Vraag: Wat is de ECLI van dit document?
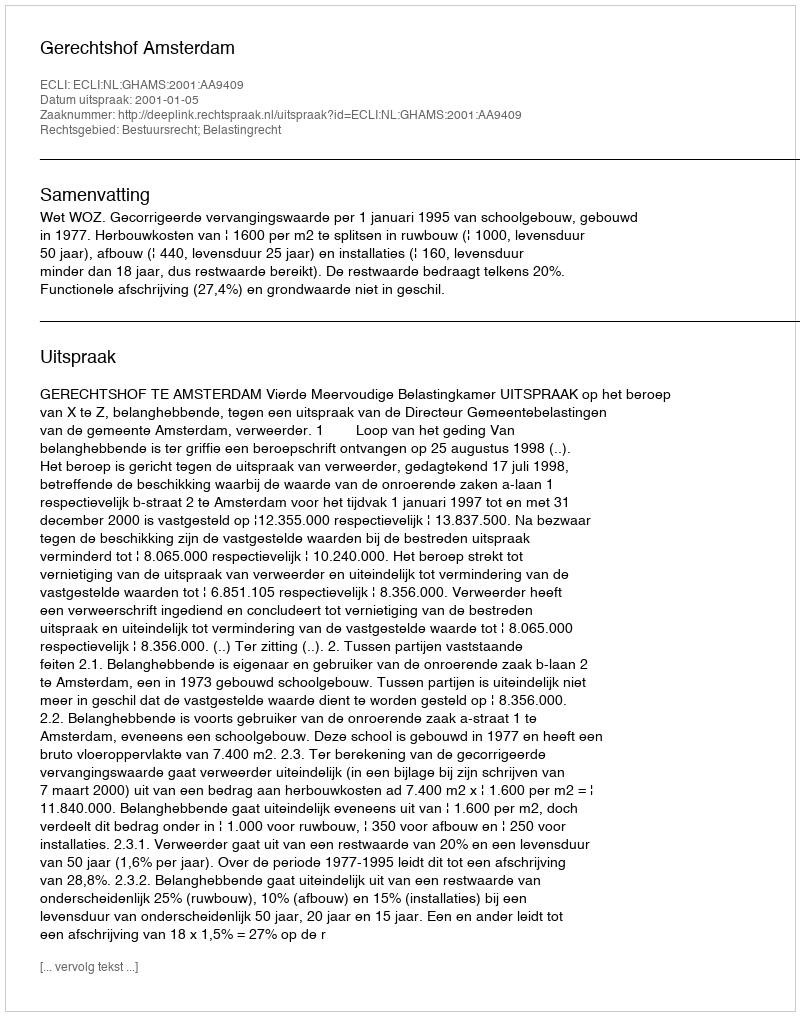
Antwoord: ECLI:NL:GHAMS:2001:AA9409